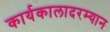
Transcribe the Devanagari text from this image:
कार्यकालादरम्यान